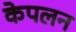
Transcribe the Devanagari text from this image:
केपलन